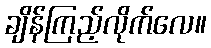
ချိန်ကြည့်လိုက်လေ။